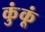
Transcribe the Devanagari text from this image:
कुंकूं